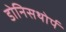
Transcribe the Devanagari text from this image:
डोनिसथोर्प